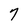
Character: 7